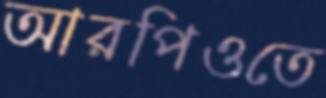
আরপিওতে